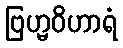
ဗြဟ္မဝိဟာရံ